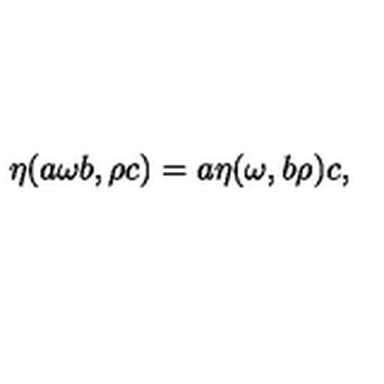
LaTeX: \eta ( a \omega b , \rho c ) = a \eta ( \omega , b \rho ) c ,